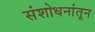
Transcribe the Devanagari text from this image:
संशोधनांतून